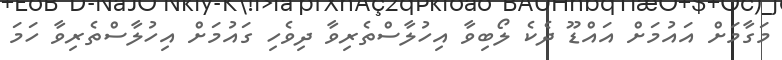
މަގާމަށް އައުމަށް އައްޑޫ ދެކެ ލޯބިވާ އިހުލާސްތެރިވާ ދިވެހި ގައުމަށް އިހުލާސްތެރިވާ ހަމަ